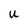
Character: u